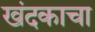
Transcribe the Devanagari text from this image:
खंदकाचा